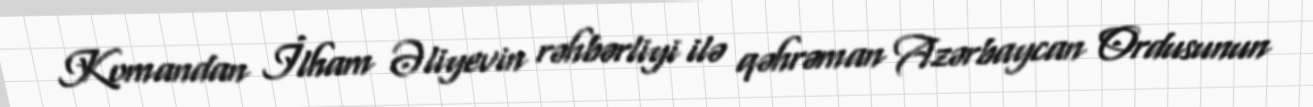
Komandan İlham Əliyevin rəhbərliyi ilə qəhrəman Azərbaycan Ordusunun